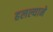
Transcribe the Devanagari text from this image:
हलल्याने